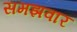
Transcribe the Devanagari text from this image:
समझवार